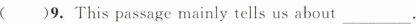
( )9. This passage mainly tells us about ___.